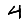
Digit: 4